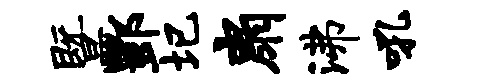
暨酆圮扇沸吼